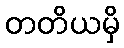
တတိယမှိ